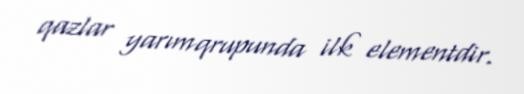
qazlar yarımqrupunda ilk elementdir.